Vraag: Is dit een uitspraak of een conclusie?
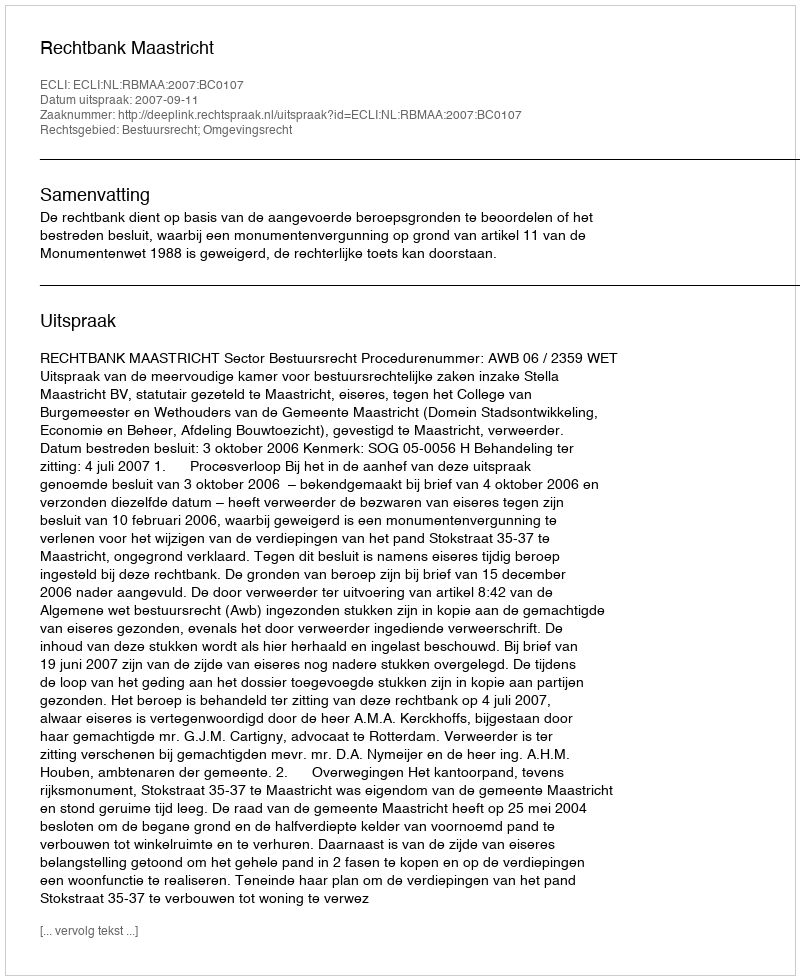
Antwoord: Uitspraak